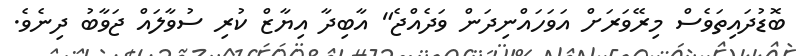
ބޮޑުދައިތަވެސް މިރޭވަރަށް އަވަހައްނިދަން ވަދެއްޖެ" އާބިދާ އިޔާޒް ކުރި ސުވާލައް ޖަވާބު ދިނެވެ.